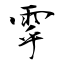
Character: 雽